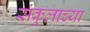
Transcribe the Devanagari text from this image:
संकूलाच्या